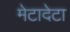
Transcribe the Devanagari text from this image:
मेटादेटा